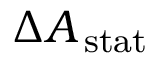
\Delta { { A _ { \, \mathrm { { s t a t } } } } }